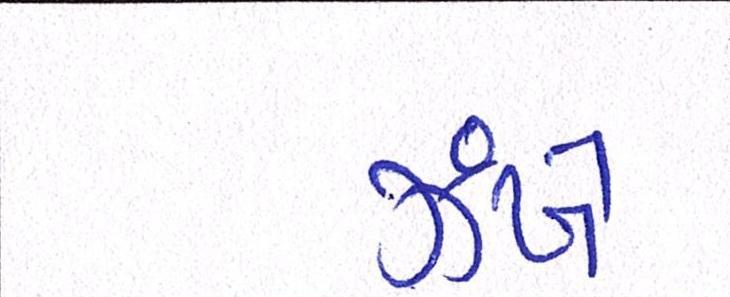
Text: ઝંખે